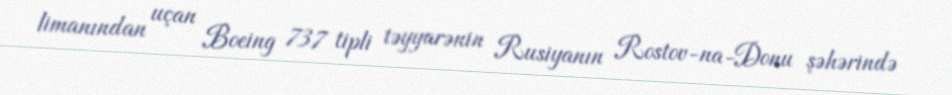
limanından uçan Boeing 737 tipli təyyarənin Rusiyanın Rostov-na-Donu şəhərində